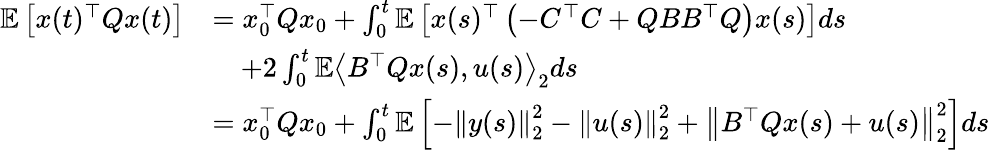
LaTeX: \begin{array}{rl}{\mathbb E\left[x(t)^{\top}Qx(t)\right]}&{=x_{0}^{\top}Qx_{0}+\int_{0}^{t}\mathbb E\left[x(s)^{\top}\left(-C^{\top}C+QBB^{\top}Q\right)x(s)\right]ds}\\ &{\quad+2\int_{0}^{t}\mathbb E\left\langle B^{\top}Qx(s),u(s)\right\rangle_{2}ds}\\ &{=x_{0}^{\top}Qx_{0}+\int_{0}^{t}\mathbb E\left[-\left\| y(s)\right\| _{2}^{2}-\left\| u(s)\right\| _{2}^{2}+\left\| B^{\top}Qx(s)+u(s)\right\| _{2}^{2}\right]ds}\end{array}